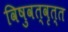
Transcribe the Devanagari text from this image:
विषुवत्‌वृत्त